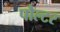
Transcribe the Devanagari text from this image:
पौल्टर